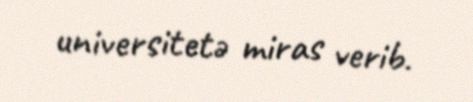
universitetə miras verib.